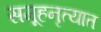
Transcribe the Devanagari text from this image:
समूहनृत्यात